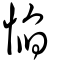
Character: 惂